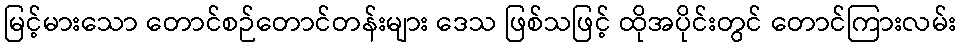
မြင့်မားသော တောင်စဉ်တောင်တန်းများ ဒေသ ဖြစ်သဖြင့် ထိုအပိုင်းတွင် တောင်ကြားလမ်း